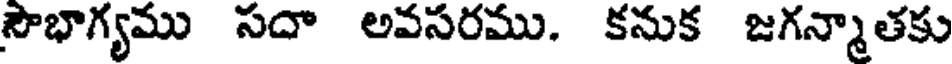
సౌభాగ్యము సదా అవసరము. కనుక జగన్మాతకు